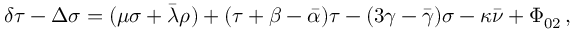
\delta \tau - \Delta \sigma = ( \mu \sigma + { \bar { \lambda } } \rho ) + ( \tau + \beta - { \bar { \alpha } } ) \tau - ( 3 \gamma - { \bar { \gamma } } ) \sigma - \kappa { \bar { \nu } } + \Phi _ { 0 2 } \, ,